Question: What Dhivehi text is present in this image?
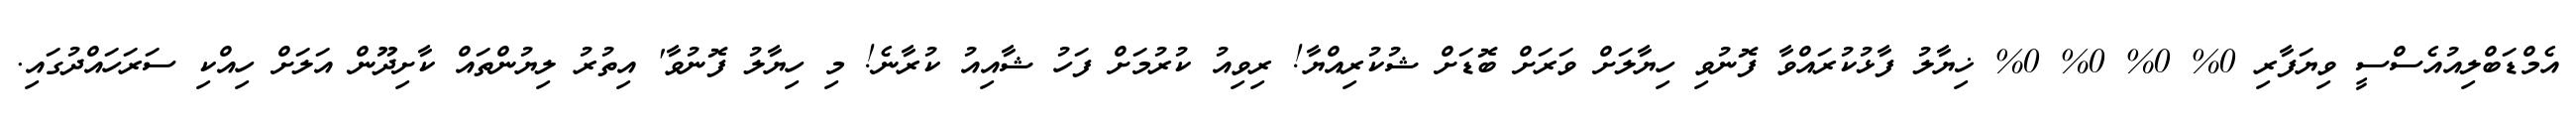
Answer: އެމްޑަބްލިއުއެސްސީ ވިޔަފާރި 0% 0% 0% 0% ޚިޔާލު ފާޅުކުރައްވާ ފޮނުވި ހިޔާލަށް ވަރަށް ބޮޑަށް ޝުކުރިއްޔާ! ރިވިއު ކުރުމަށް ފަހު ޝާއިއު ކުރާނެ! މި ހިޔާލު ފޮނުވާ' އިތުރު ލިޔުންތައް ކާށިދޫން އަލަށް ހިއްކި ސަރަހައްދުގައި.